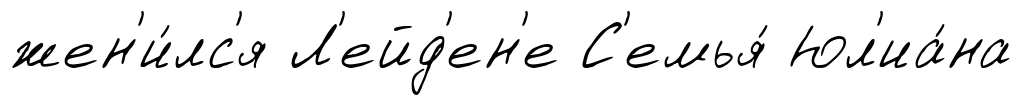
жен'и́лс'я Л'ейд'ен'е С'емья́ Юл'иа́на